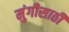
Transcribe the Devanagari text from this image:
मुंगीसाठी